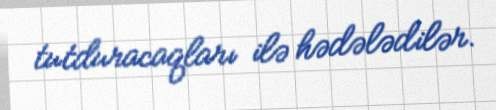
tutduracaqları ilə hədələdilər.